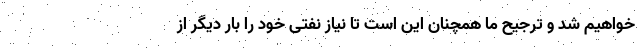
خواهیم شد و ترجیح ما همچنان این است تا نیاز نفتی خود را بار دیگر از